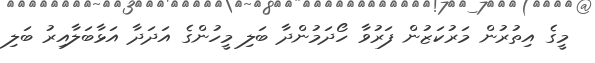
މީގެ އިތުރުން މަރުކަޒުން ފަރުވާ ހޯދަމުންދާ ބަލި މީހުންގެ އަދަދާ އަޅާބަލާއިރު ބަލި